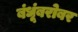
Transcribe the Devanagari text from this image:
बंधूंबरोबर